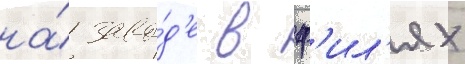
на́ заво́д'е в ф'ил'ях